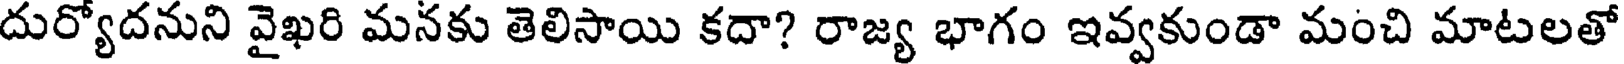
దుర్యోదనుని వైఖరి మనకు తెలిసాయి కదా? రాజ్య భాగం ఇవ్వకుండా మంచి మాటలతో